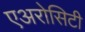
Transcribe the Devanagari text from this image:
एअरोसिटी